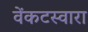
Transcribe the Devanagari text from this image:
वेंकटस्वारा